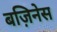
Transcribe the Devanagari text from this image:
बज़िनेस